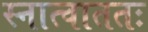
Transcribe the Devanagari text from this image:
स्नात्वाततः